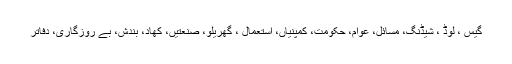
گیس ، لوڈ ، شیڈنگ، مسائل، عوام، حکومت، کمپنیاں، استعمال ، گھریلو، صنعتیں، کھاد، بندش، بے روزگاری، دفاتر